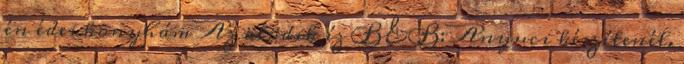
én édes konyhám Az ötödik íz B&B: Anyuci készítenél.